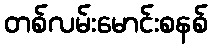
တစ်လမ်းမောင်းစနစ်